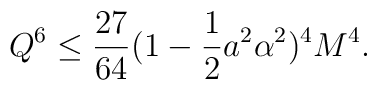
{Q}^6 \leq \frac{27}{64}(1-\frac12a^2\alpha^2)^4M^4.